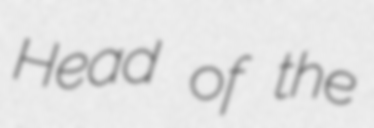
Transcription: Head of the